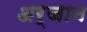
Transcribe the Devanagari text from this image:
अर्जान